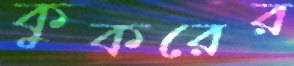
কুকরের